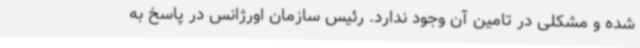
شده و مشکلی در تامین آن وجود ندارد. رئیس سازمان اورژانس در پاسخ به